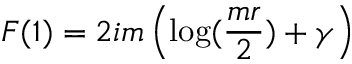
F ( 1 ) = 2 i m \left( \log ( { \frac { m r } { 2 } } ) + \gamma \right)